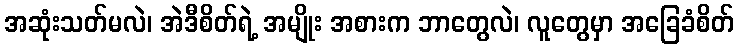
အဆုံးသတ်မလဲ၊ အဲဒီစိတ်ရဲ့ အမျိုး အစားက ဘာတွေလဲ၊ လူတွေမှာ အခြေခံစိတ်